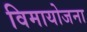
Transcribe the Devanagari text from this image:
विमायोजना